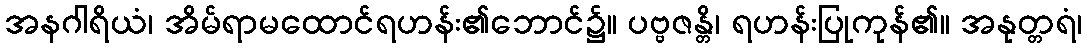
အနဂါရိယံ၊ အိမ်ရာမထောင်ရဟန်း၏ဘောင်၌။ ပဗ္ဗဇန္တိ၊ ရဟန်းပြုကုန်၏။ အနုတ္တရံ၊